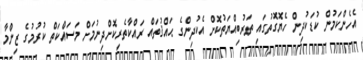
އެހެންކަމުން ކުޑަކުދިން ހެޔޮގޮތުގައި ތަރުބިއްޔަތުކޮށް އެކުދިންގެ ޙައްޤުތައް ރައްކާތެރިކޮށްދިނުމަށް މަސައްކަތް ކުރުމުގެ ޒިންމާ